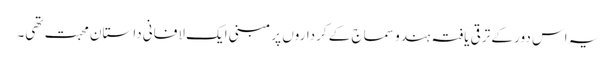
یہ اس دور کے ترقی یافتہ ہندو سماج کے کرداروں پر مبنی ایک لافانی داستان محبت تھی۔